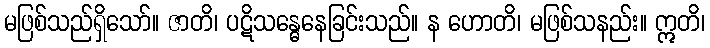
မဖြစ်သည်ရှိသော်။ ဇာတိ၊ ပဋိသန္ဓေနေခြင်းသည်။ န ဟောတိ၊ မဖြစ်သနည်း။ ဣတိ၊